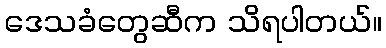
ဒေသခံတွေဆီက သိရပါတယ်။